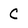
Character: C